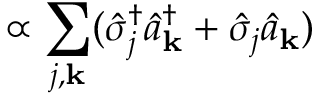
\propto \sum _ { j , { \bf k } } ( \hat { \sigma } _ { j } ^ { \dagger } \hat { a } _ { \bf k } ^ { \dagger } + \hat { \sigma } _ { j } \hat { a } _ { \bf k } )